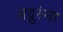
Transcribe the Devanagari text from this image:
सद्गुरुंना